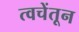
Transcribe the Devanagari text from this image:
त्वचेंतून